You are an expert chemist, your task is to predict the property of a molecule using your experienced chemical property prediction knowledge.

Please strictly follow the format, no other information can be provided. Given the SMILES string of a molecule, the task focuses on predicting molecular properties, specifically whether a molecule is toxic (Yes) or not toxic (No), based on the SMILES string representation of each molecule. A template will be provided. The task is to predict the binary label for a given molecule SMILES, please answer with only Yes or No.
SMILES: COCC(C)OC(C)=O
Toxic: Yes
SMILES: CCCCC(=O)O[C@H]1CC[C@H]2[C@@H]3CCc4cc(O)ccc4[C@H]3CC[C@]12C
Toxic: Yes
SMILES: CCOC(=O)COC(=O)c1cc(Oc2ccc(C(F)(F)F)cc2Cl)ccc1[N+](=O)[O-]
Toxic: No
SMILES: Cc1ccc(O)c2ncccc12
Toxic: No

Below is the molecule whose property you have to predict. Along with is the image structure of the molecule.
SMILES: Nc1ncnc2c1ncn2[C@H]1CC[C@@H](CO)O1
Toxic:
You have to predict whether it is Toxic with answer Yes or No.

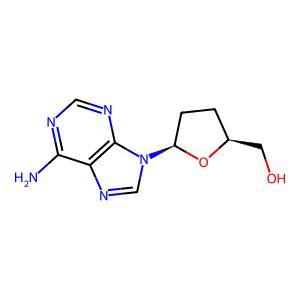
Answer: No